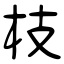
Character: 枝